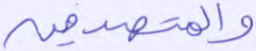
والمتصدقين